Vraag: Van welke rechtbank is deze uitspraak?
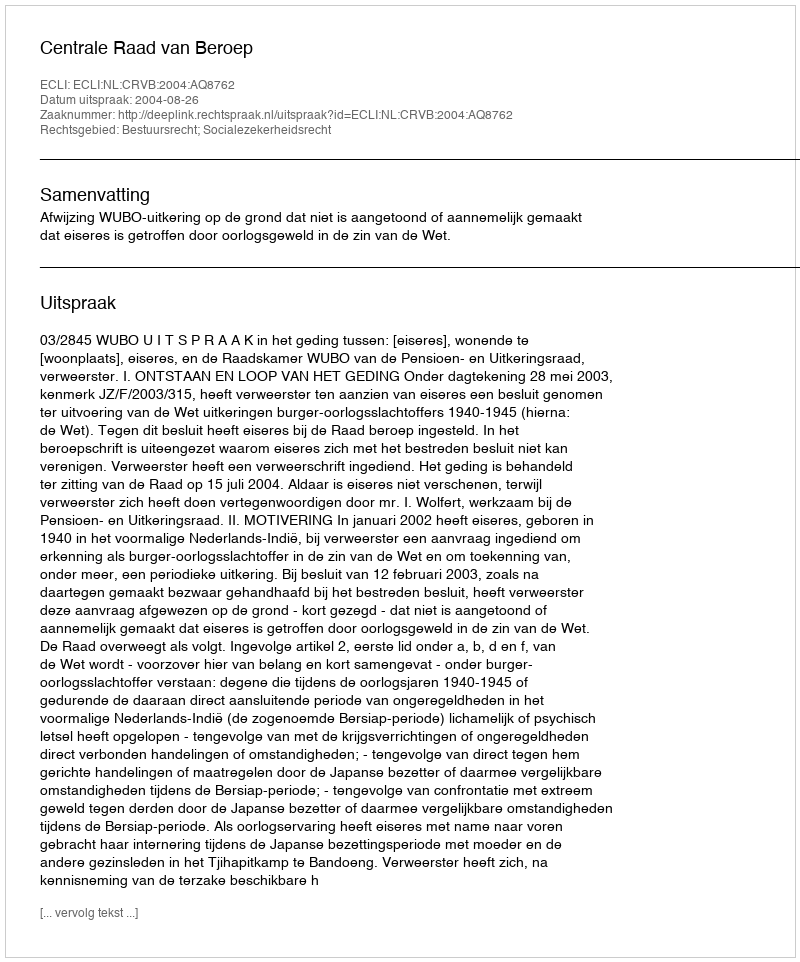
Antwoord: Centrale Raad van Beroep